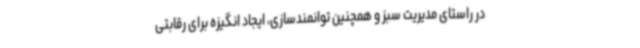
در راستای مدیریت سبز و همچنین توانمندسازی، ایجاد انگیزه برای رقابتی